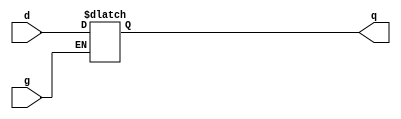
module d_latch(g, d, q);
	input g, d;
	output reg q;
	
	always@(g or d) begin
		if (g == 1) begin
			q = d;
		end
	end
		
endmodule